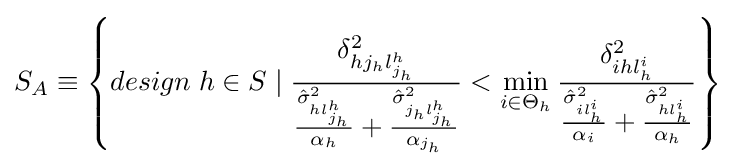
S_{A}\equiv \left\{design\;h\in S\mid {\frac {\delta _{hj_{h}l_{j_{h}}^{h}}^{2}}{{\frac {{\hat {\sigma }}_{hl_{j_{h}}^{h}}^{2}}{\alpha _{h}}}+{\frac {{\hat {\sigma }}_{j_{h}l_{j_{h}}^{h}}^{2}}{\alpha _{j_{h}}}}}}<\min _{i\in \Theta _{h}}{\frac {\delta _{ihl_{h}^{i}}^{2}}{{\frac {{\hat {\sigma }}_{il_{h}^{i}}^{2}}{\alpha _{i}}}+{\frac {{\hat {\sigma }}_{hl_{h}^{i}}^{2}}{\alpha _{h}}}}}\right\}